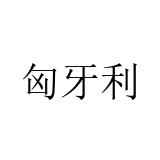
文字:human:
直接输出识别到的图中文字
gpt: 匈牙利